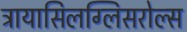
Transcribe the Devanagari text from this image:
ट्रायासिलग्लिसरोल्स